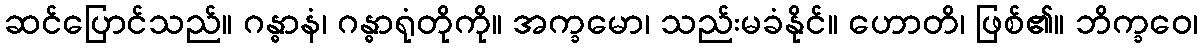
ဆင်ပြောင်သည်။ ဂန္ဓာနံ၊ ဂန္ဓာရုံတိုကို။ အက္ခမော၊ သည်းမခံနိုင်။ ဟောတိ၊ ဖြစ်၏။ ဘိက္ခဝေ၊